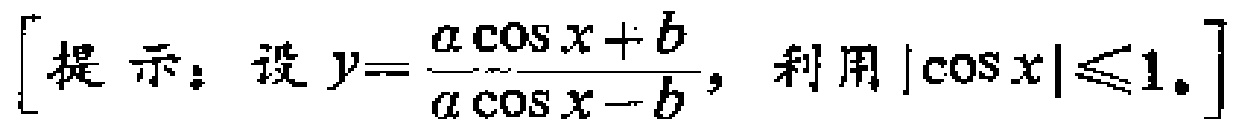
[提示：设\(y = \frac{a\cos x + b}{a\cos x - b}\)，利用\(|\cos x|\leq1\)。]